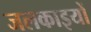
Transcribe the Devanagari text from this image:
जलकाइयों